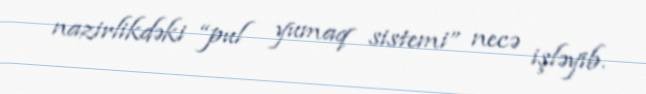
nazirlikdəki “pul yumaq sistemi” necə işləyib.